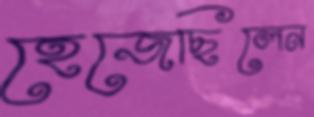
হেজেছিলেন